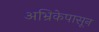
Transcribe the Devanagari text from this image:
अभ्रिकेपासून